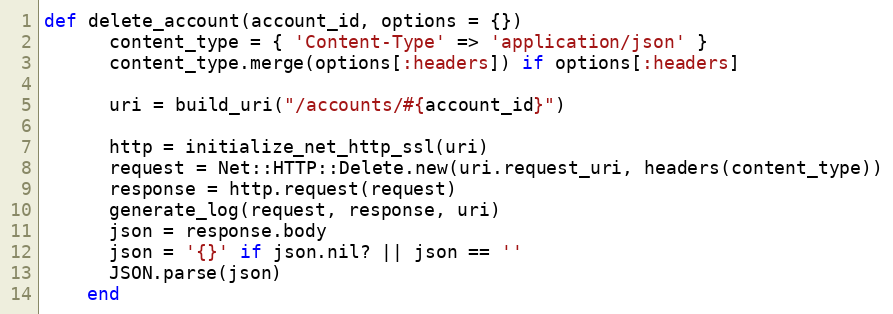
Language: Ruby
def delete_account(account_id, options = {})
      content_type = { 'Content-Type' => 'application/json' }
      content_type.merge(options[:headers]) if options[:headers]

      uri = build_uri("/accounts/#{account_id}")

      http = initialize_net_http_ssl(uri)
      request = Net::HTTP::Delete.new(uri.request_uri, headers(content_type))
      response = http.request(request)
      generate_log(request, response, uri)
      json = response.body
      json = '{}' if json.nil? || json == ''
      JSON.parse(json)
    end